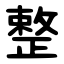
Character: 整